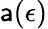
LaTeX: \mathsf{a}(\epsilon)